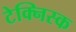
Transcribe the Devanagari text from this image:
टेक्निस्क